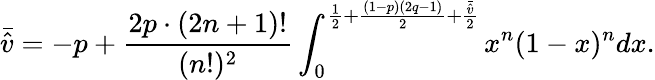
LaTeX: \bar{\hat{v}}=-p+\frac{2p\cdot(2n+1)!}{(n!)^{2}}\int_{0}^{\frac{1}{2}+\frac{(1-p)(2q-1)}{2}+\frac{\bar{\hat{v}}}{2}}x^{n}(1-x)^{n}dx.